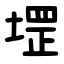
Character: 堽